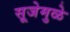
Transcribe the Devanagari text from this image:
सूजेमुळे